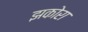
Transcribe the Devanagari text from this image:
झकोरा